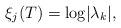
LaTeX: \begin{align*}\xi_j(T) =\log \lvert \lambda_k\rvert, \end{align*}